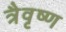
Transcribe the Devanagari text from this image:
त्रैवृष्ण